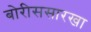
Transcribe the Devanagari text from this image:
बोरीससारखा